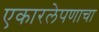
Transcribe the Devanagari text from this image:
एकारलेपणाचा